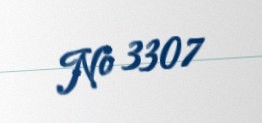
№ 3307